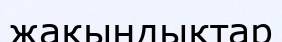
жақындықтар